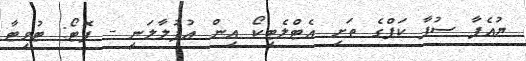
ޔުއެފާ ސުޕާ ކަޕްގެ ތަށި އެޓްލެޓިކޯ އިން އުފުލާލަނީ - ފޮޓޯ: ޓުވިޓާ